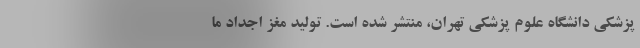
پزشکی دانشگاه علوم پزشکی تهران، منتشر شده است. تولید مغز اجداد ما